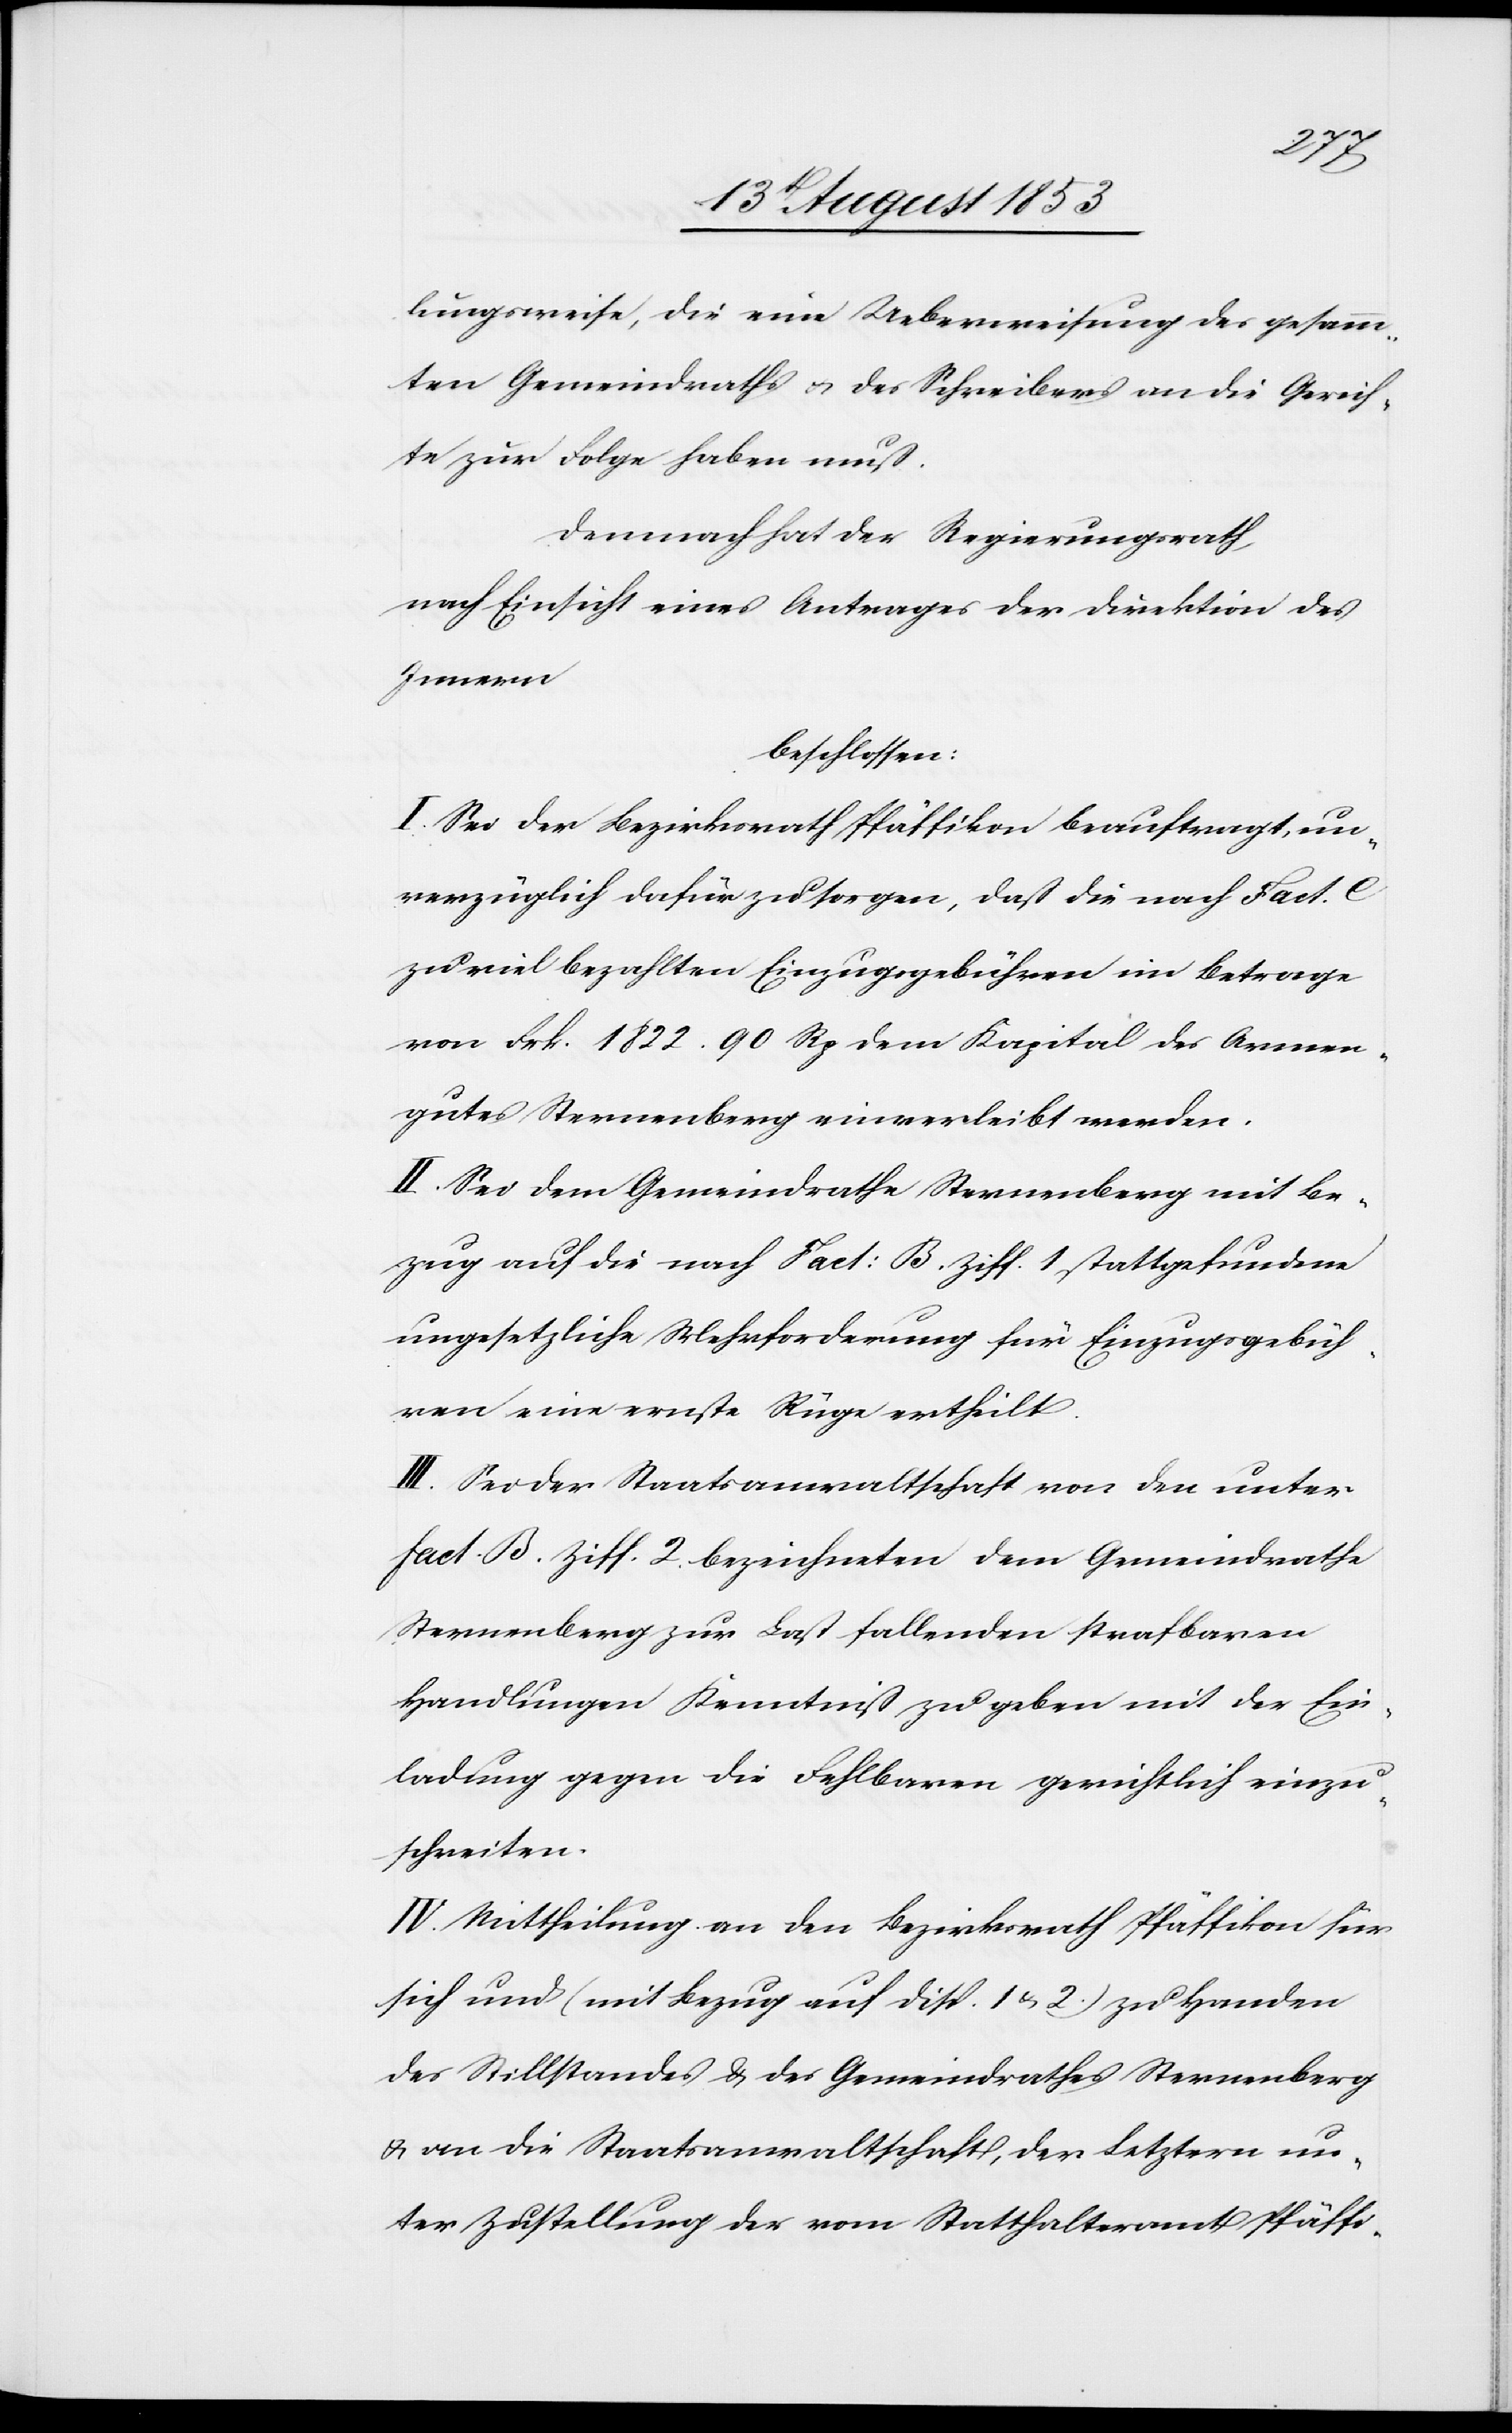
lungsweise, die eine Ueberweisung des gesamm¬
ten Gemeindraths u. des Schreibers an die Gerich¬
te zur Folge haben muß.
Demnach hat der Regierungsrath,
nach Einsicht eines Antrages der Direktion des
Innern,
beschlossen:
I. Sei der Bezirksrath Pfäffikon beauftragt, un¬
verzüglich dafür zu sorgen, daß die nach Fact. C
zu viel bezahlten Einzugsgebühren im Betrage
von Frk. 1822. 90 Rp. dem Kapital des Armen¬
gutes Sternenberg einverleibt werden.
II. Sei dem Gemeindrathe Sternenberg mit Be¬
zug auf die nach Fact: B Ziff. 1, stattgefundene
ungesetzliche Mehrforderung für Einzugsgebüh¬
ren eine ernste Rüge ertheilt.
III. Sei der Staatsanwaltschaft von den unter
Fact. B. Ziff 2, bezeichneten dem Gemeindrathe
Sternenberg zur Last fallenden strafbaren
Handlungen Kenntniß zu geben mit der Ein¬
ladung gegen die Fehlbaren gerichtlich einzu¬
schreiten.
IV. Mittheilung an den Bezirksrath Pfäffikon für
sich und (mit Bezug auf Disp. I. u. 2) zu Handen
des Stillstandes u. des Gemeindrathes Sternenberg
u. an die Staatsanwaltschaft, der Letztern un¬
ter Zustellung der vom Statthalteramt Pfäff-